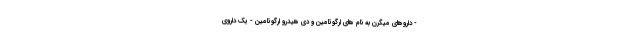
- داروهای میگرن به نام های ارگوتامین و دی هیدرو ارگوتامین - یک داروی